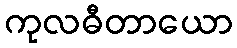
ကုလဓီတာယော